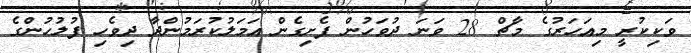
ވަކިކުރީ މިއަހަރުގެ މާޗް 28 ވަނަ ދުވަހުން ފެށިގެން އަމަލުކުރަމުންދާ ދިވެހި ފުލުހުންގެ